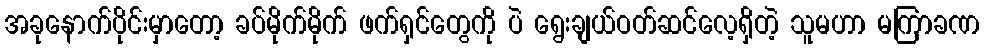
အခုနောက်ပိုင်းမှာတော့ ခပ်မိုက်မိုက် ဖက်ရှင်တွေကို ပဲ ရွေးချယ်ဝတ်ဆင်လေ့ရှိတဲ့ သူမဟာ မကြာခဏ